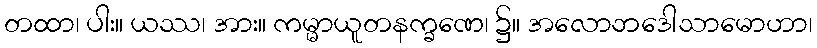
တထာ၊ ပါး။ ယဿ၊ အား။ ကမ္မာယူတနက္ခဏေ၊ ၌။ အလောဘဒေါသာမောဟာ၊